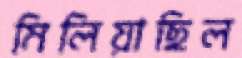
মিলিয়াছিল